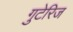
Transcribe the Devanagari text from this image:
गुटेरिज